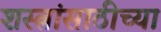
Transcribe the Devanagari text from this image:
शस्त्रांसाठीच्या